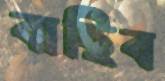
বাছিব